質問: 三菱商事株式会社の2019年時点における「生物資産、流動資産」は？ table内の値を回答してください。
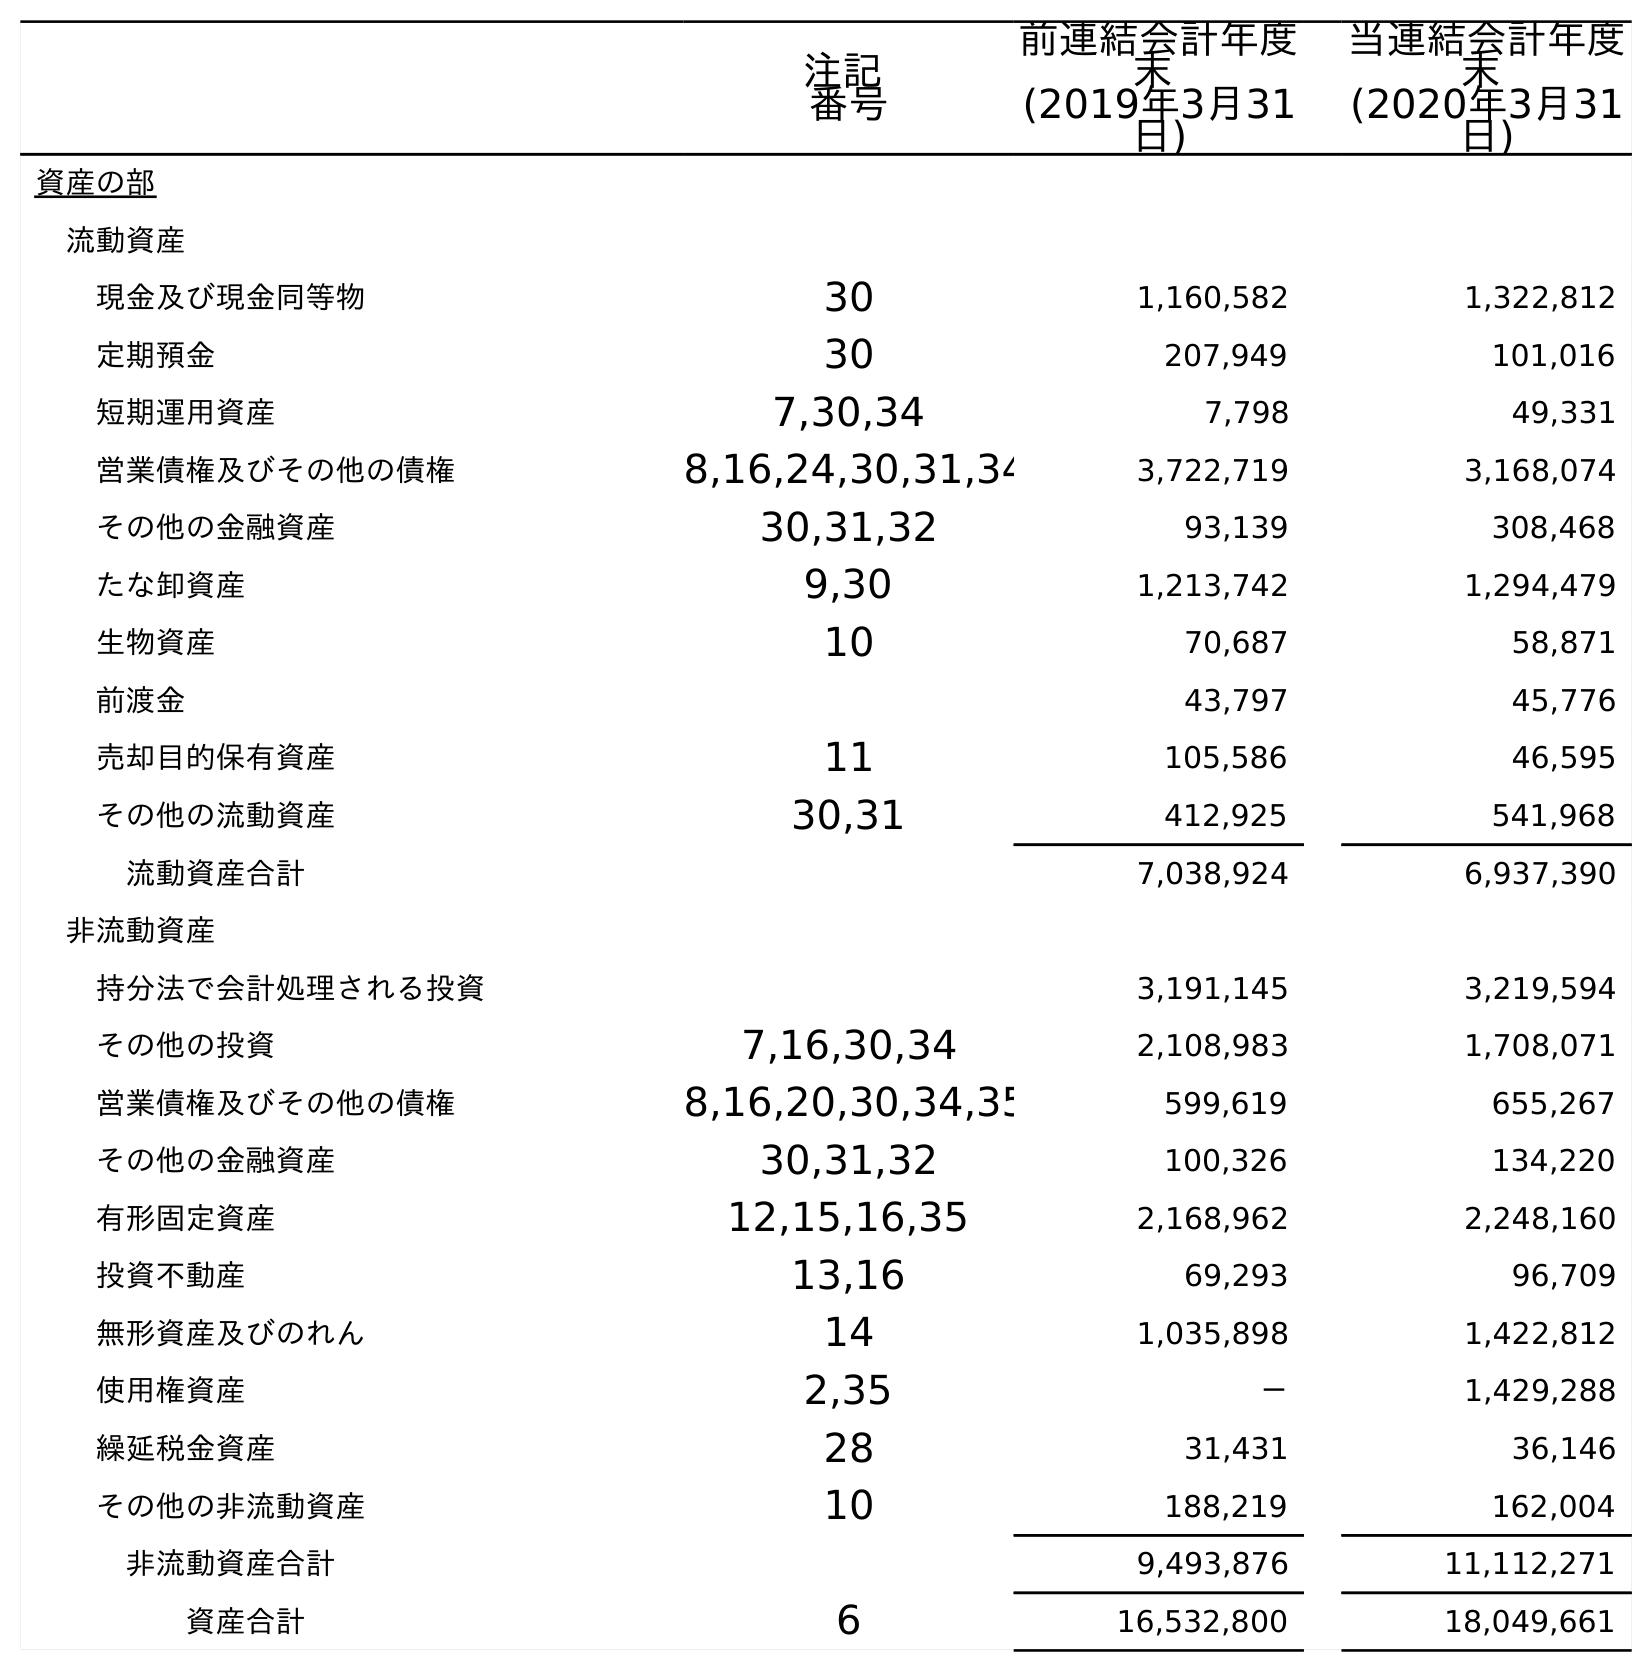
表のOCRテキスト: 注記 番号 前連結会計年度 末 (2019年3月31 日) 当連結会計年度 末 (2020年3月31 日) 資産の部 流動資産 現金及び現金同等物 30 1,160,582 1,322,812 定期預金 30 207,949 101,016 短期運用資産 7,30,34 7,798 49,331 営業債権及びその他の債権 8,16,24,30,31,34 3,722,719 3,168,074 その他の金融資産 30,31,32 93,139 308,468 たな卸資産 9,30 1,213,742 1,294,479 生物資産 10 70,687 58,871 前渡金 43,797 45,776 売却目的保有資産 11 105,586 46,595 その他の流動資産 30,31 412,925 541,968 流動資産合計 7,038,924 6,937,390 非流動資産 持分法で会計処理される投資 3,191,145 3,219,594 その他の投資 7,16,30,34 2,108,983 1,708,071 営業債権及びその他の債権 8,16,20,30,34,35 599,619 655,267 その他の金融資産 30,31,32 100,326 134,220 有形固定資産 12,15,16,35 2,168,962 2,248,160 投資不動産 13,16 69,293 96,709 無形資産及びのれん 14 1,035,898 1,422,812 使用権資産 2,35 － 1,429,288 繰延税金資産 28 31,431 36,146 その他の非流動資産 10 188,219 162,004 非流動資産合計 9,493,876 11,112,271 資産合計 6 16,532,800 18,049,661
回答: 70,687